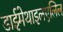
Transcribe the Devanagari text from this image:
डाईमेथाइलएलिल